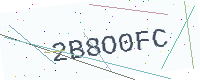
Text: 2B8O0FC